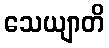
သေယျာတိ